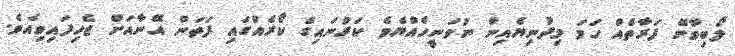
ލޯބިވާނޭ ފަރާތެއް ހަމަ މިދުނިޔެއިން ނުވަނީހެއްޔެވެ ކަރުނައިގެ ކޯރެއްގައި ފަތަން އޭނާއަށް ޖެހިފައިވިއެވެ.